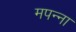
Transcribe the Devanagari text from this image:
मपन्ना